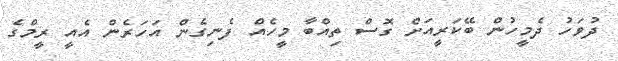
ދުވަހު ދެމީހުން ބޭކަރީއަށް ގޮސް ތިއްބާ މީހެއް ފެނިގެން އަހަރެން އެއީ ރީމްގެ